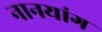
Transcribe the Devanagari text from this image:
नानयांग